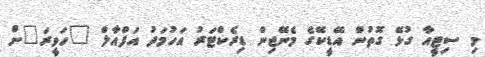
މި ސިޓީއާ ގުޅޭ ގޮތުން އޭޑީކޭގެ މެނޭޖިން ޑިރެކްޓަރު އަހުމަދު އަފްއާލް "ހަވީރަ"ށް